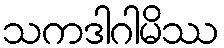
သကဒါဂါမိဿ